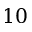
1 0